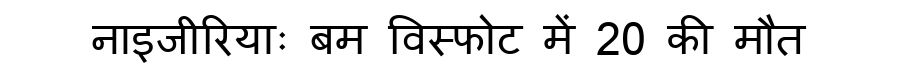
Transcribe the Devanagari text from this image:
नाइजीरियाः बम विस्फोट में 20 की मौत